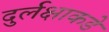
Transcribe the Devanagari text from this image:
दुर्लक्षाकडे